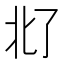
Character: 𪜜